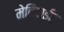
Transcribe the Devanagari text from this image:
मेबिबाईट